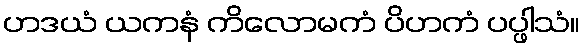
ဟဒယံ ယကနံ ကိလောမကံ ပိဟကံ ပပ္ဖါသံ။